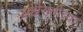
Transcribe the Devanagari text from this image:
जाहीरातीच्या